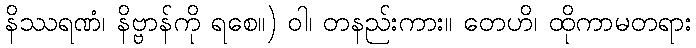
နိဿရဏံ၊ နိဗ္ဗာန်ကို ရစေ။) ဝါ၊ တနည်းကား။ တေဟိ၊ ထိုကာမတရား